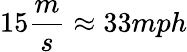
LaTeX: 15\frac{m}{s}\approx 33mph